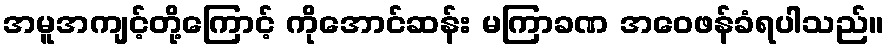
အမူအကျင့်တို့ကြောင့် ကိုအောင်ဆန်း မကြာခဏ အဝေဖန်ခံရပါသည်။